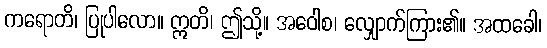
ကရောတိ၊ ပြုပါလော။ ဣတိ၊ ဤသို့။ အဝေါစ၊ လျှောက်ကြား၏။ အထခေါ၊